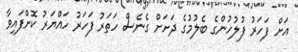
އަށް ފަހަރު ފުލުހުންގެ ބެލުމުގެ ދަށަށް ގެނެސް ހަތަރު ފަހަރު ހައްޔަރު ކޮށްފައިވާ